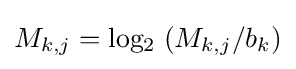
M_{k,j}=\mathrm {log_{2}} \;(M_{k,j}/b_{k})